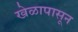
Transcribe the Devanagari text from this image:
खेळापासून